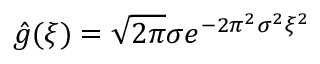
\hat { g } ( \xi ) = \sqrt { 2 \pi } \sigma e ^ { - 2 \pi ^ { 2 } \sigma ^ { 2 } \xi ^ { 2 } }